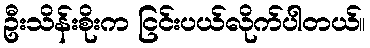
ဦးသိန်းစိုးက ငြင်းပယ်လိုက်ပါတယ်။